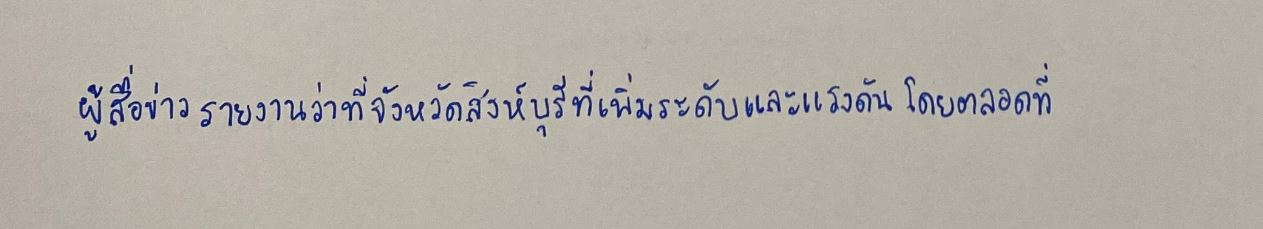
ผู้สื่อข่าวรายงานว่าที่จังหวัดสิงห์บุรีที่เพิ่มระดับและแรงดันโดยตลอดที่